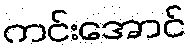
ကင်းအောင်